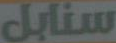
سنابل